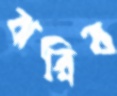
ঝরিব